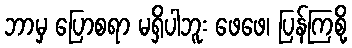
ဘာမှ ပြောစရာ မရှိပါဘူး ဖေဖေ၊ ပြန်ကြစို့